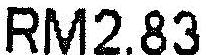
RM2.83